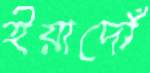
ইয়াদোঁ